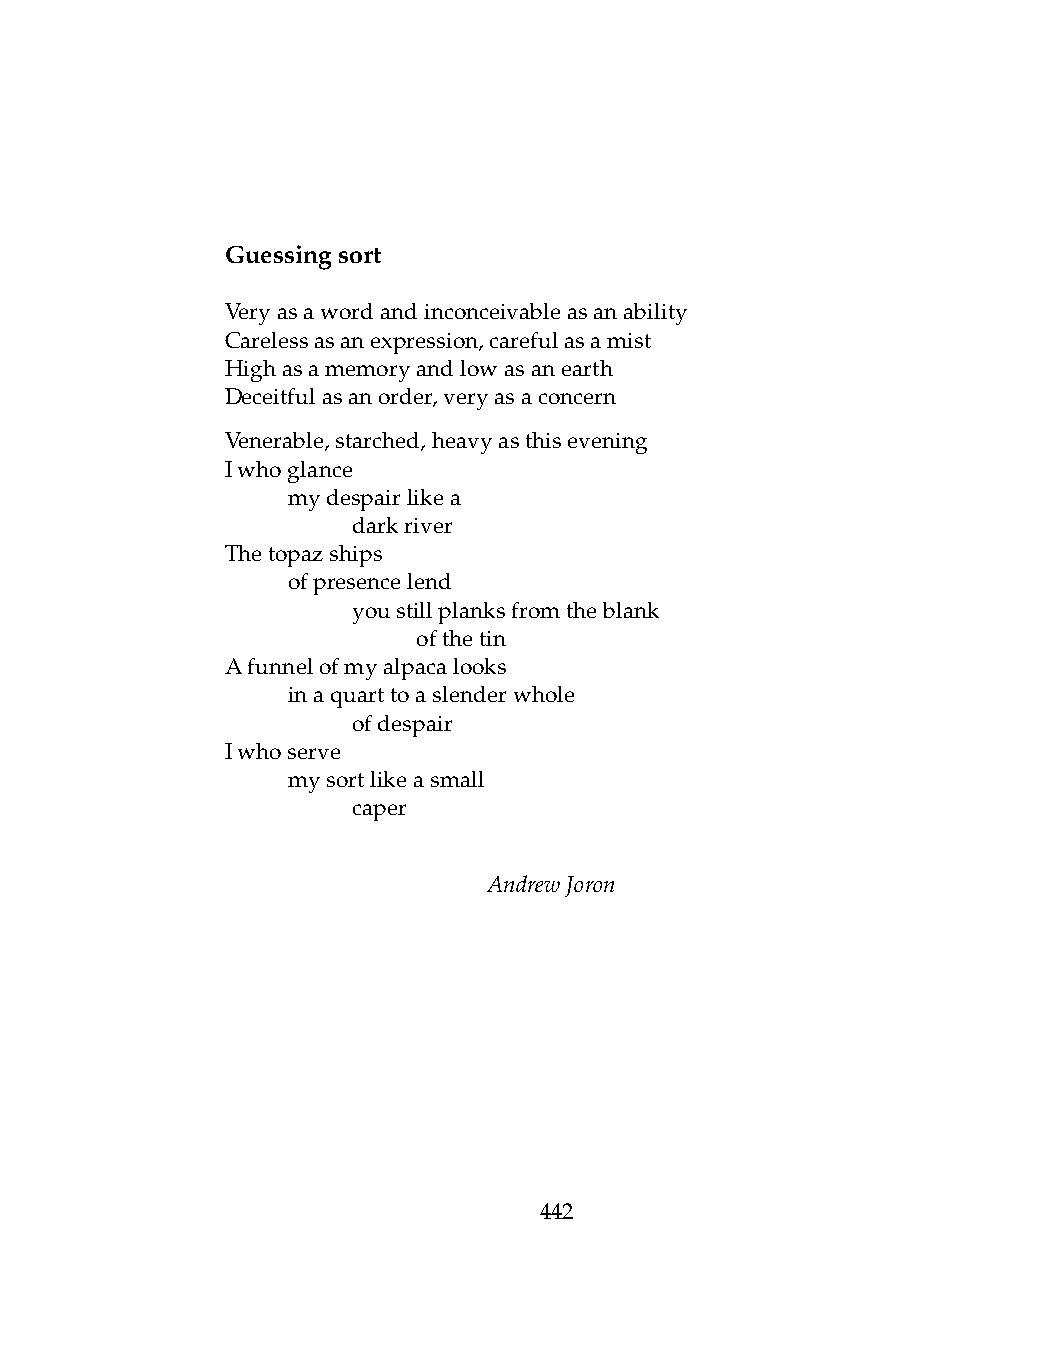
Guessingsort
 Veryasawordandinconceivableasanability
 Carelessasanexpression,carefulasamist
 Highasamemoryandlowasanearth
 Deceitfulasanorder,veryasaconcern
 Venerable,starched,heavyasthisevening
 Iwhoglance
 .   mydespairlikea
 .   .   darkriver
 Thetopazships
 .   ofpresencelend
 .   .   youstillplanksfromtheblank
 .   .   .    ofthetin
 Afunnelofmyalpacalooks
 .   inaquarttoaslenderwhole
 .   .   ofdespair
 Iwhoserve
 .   mysortlikeasmall
 .   .   caper
 AndrewJoron
 442